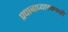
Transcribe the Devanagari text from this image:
प्रधानाध्यापकपदही